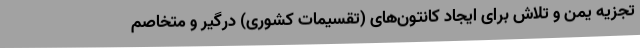
تجزیه یمن و تلاش برای ایجاد کانتون‌های (تقسیمات کشوری) درگیر و متخاصم